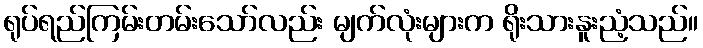
ရုပ်ရည်ကြမ်းတမ်းသော်လည်း မျက်လုံးများက ရိုးသားနူးညံ့သည်။